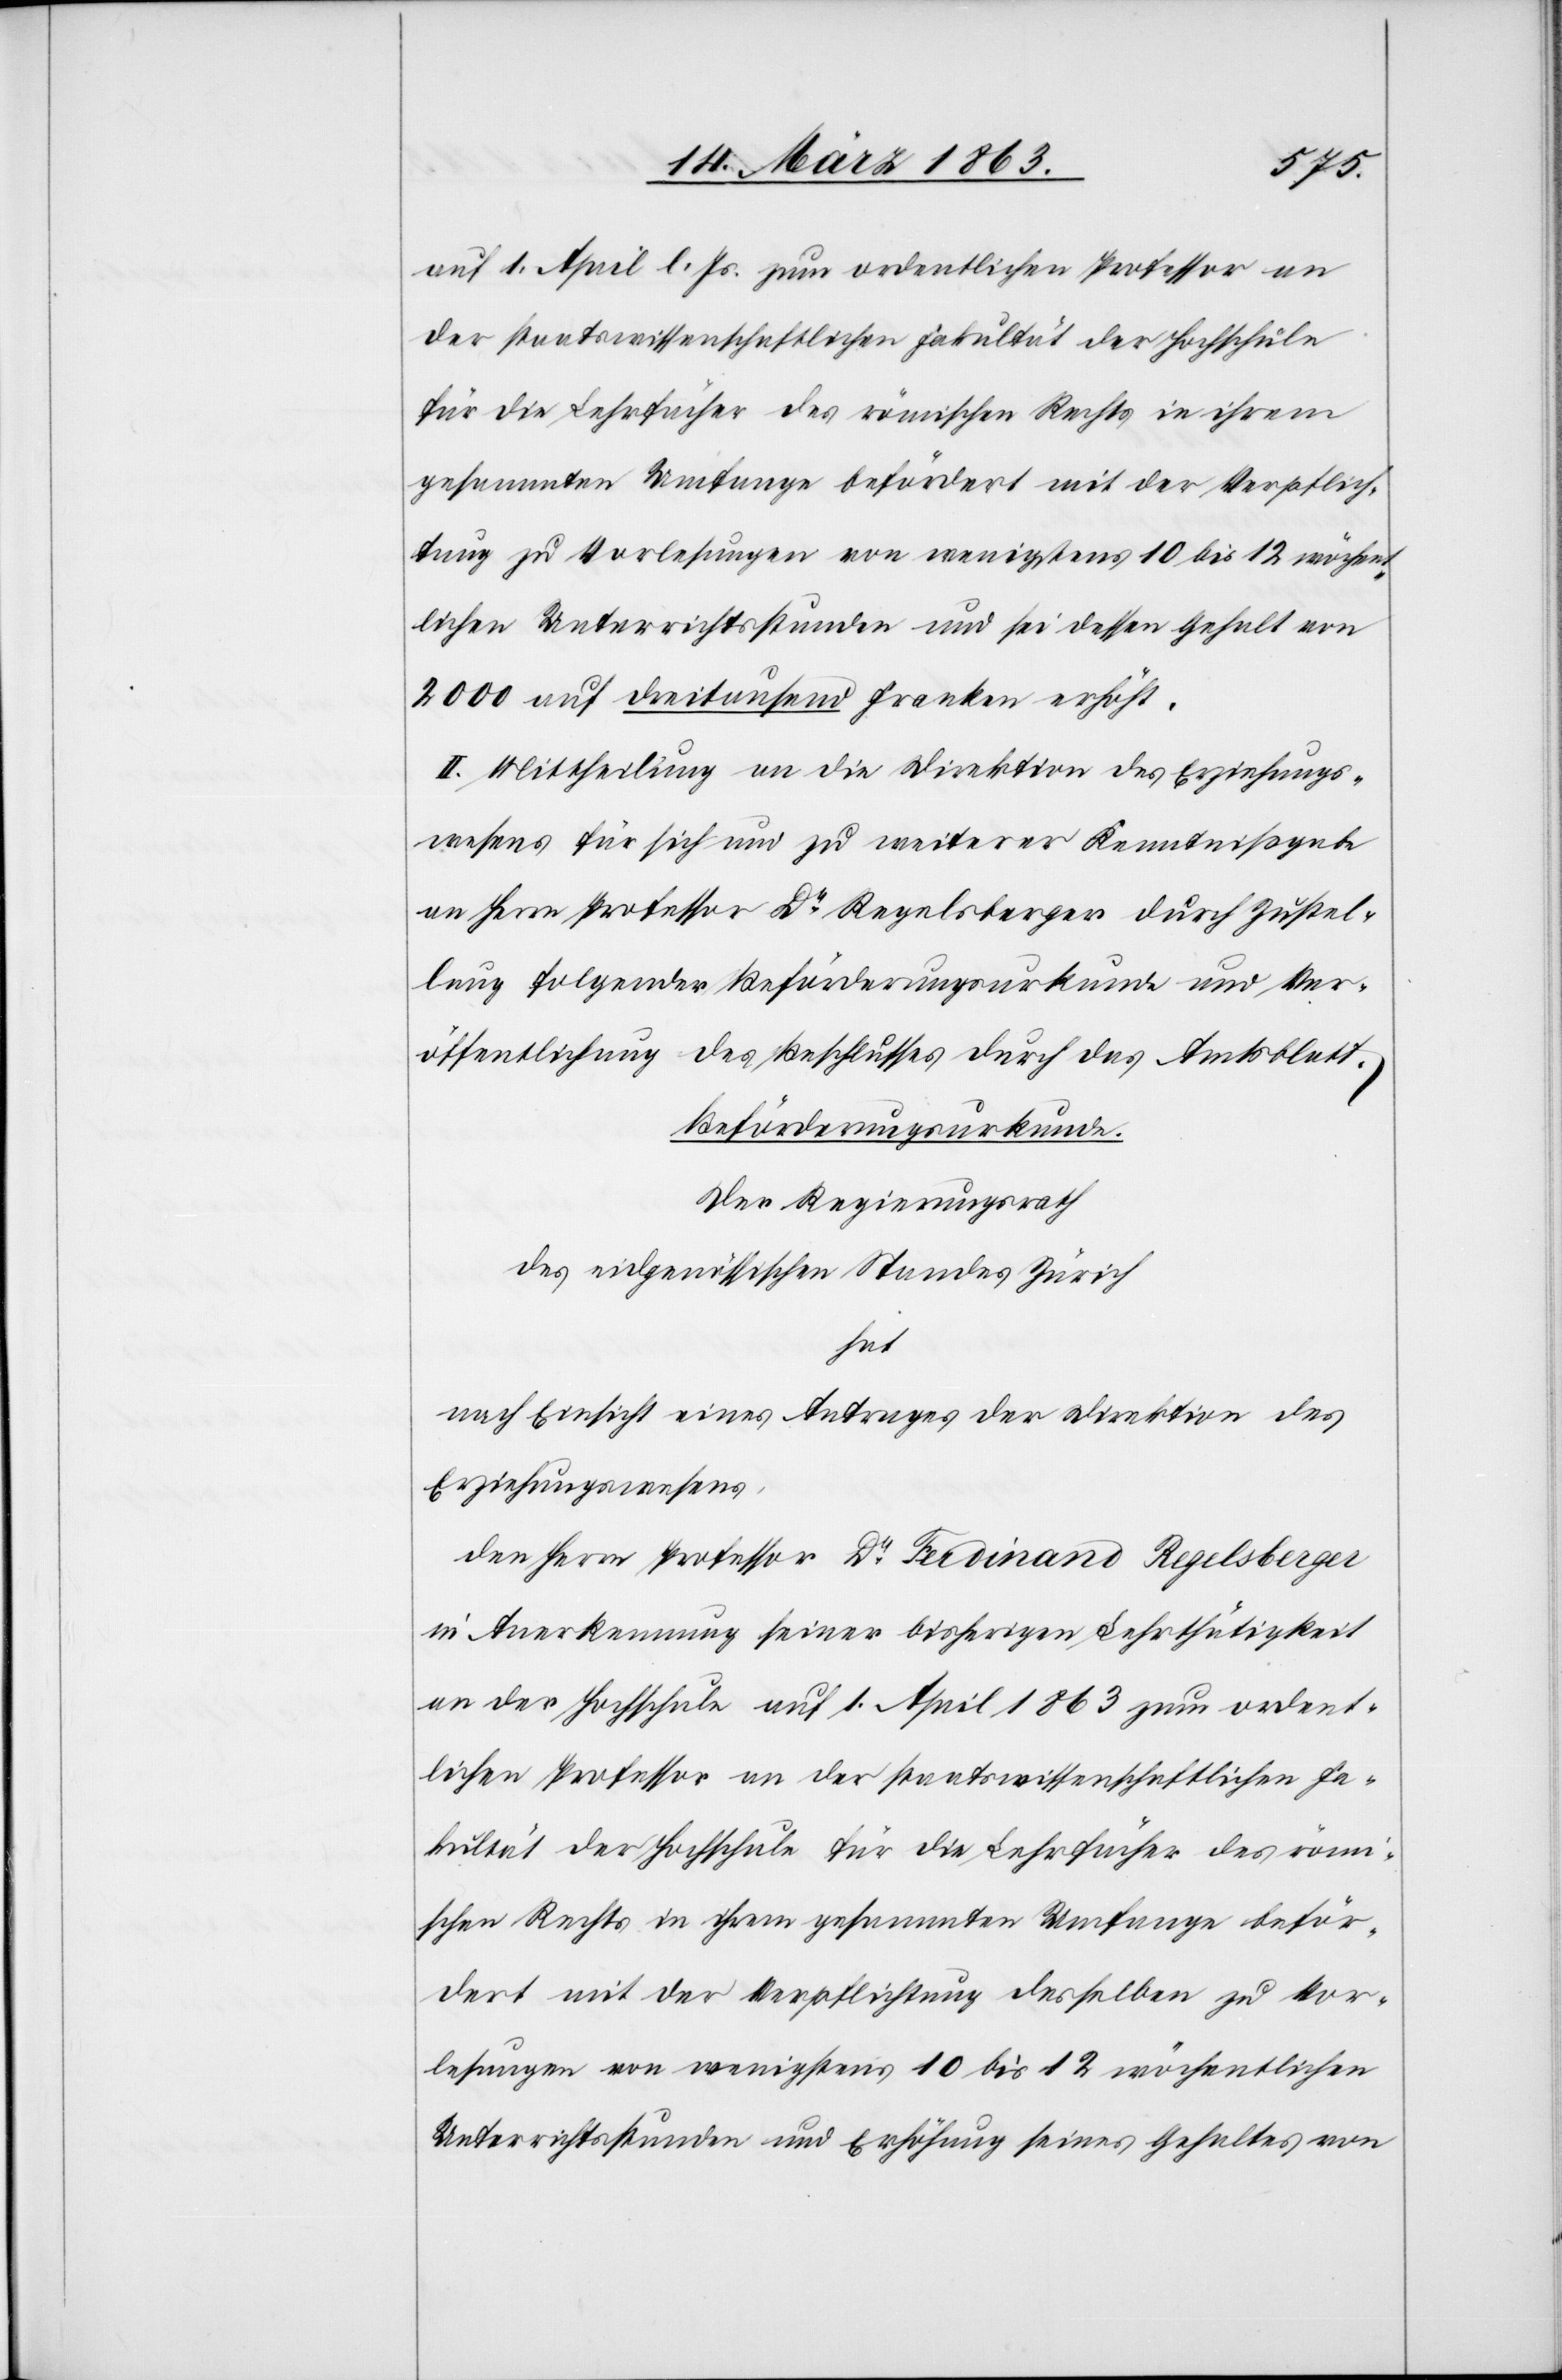
auf 1. April l. Js. zum ordentlichen Professor an
der staatswissenschaftlichen Fakultät der Hochschule
für die Lehrfächer des römischen Rechts in ihrem
gesammten Umfange befördert mit der Verpflich¬
tung zu Vorlesungen von wenigstens 10 bis 12 wöchent¬
lichen Unterrichtsstunden und sei dessen Gehalt von
2000 auf dreitausend Franken erhöht.
II. Mittheilung an die Direktion des Erziehungs¬
wesens für sich und zu weiterer Kenntnißgabe
an Herrn Professor Dr Regelsberger durch Zustel¬
lung folgender Beförderungsurkunde und Ver¬
öffentlichung des Beschlusses durch das Amtsblatt.
Beförderungsurkunde.
Der Regierungsrath
des eidgenössischen Standes Zürich
hat
nach Einsicht eines Antrages der Direktion des
Erziehungswesens,
den Herrn Professor Dr Ferdinand Regelsberger
in Anerkennung seiner bisherigen Lehrthätigkeit
an der Hochschule auf 1. April 1863 zum ordent¬
lichen Professor an der staatswissenschaftlichen Fa¬
kultät der Hochschule für die Lehrfächer des römi¬
schen Rechts in ihrem gesammten Umfange beför¬
dert mit der Verpflichtung desselben zu Vor¬
lesungen von wenigstens 10 bis 12 wöchentlichen
Unterrichtsstunden und Erhöhung seines Gehaltes von